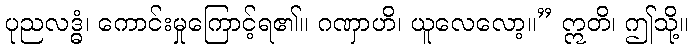
ပုညလဒ္ဓံ၊ ကောင်းမှုကြောင့်ရ၏။ ဂဏှာဟိ၊ ယူလေလော့။” ဣတိ၊ ဤသို့။